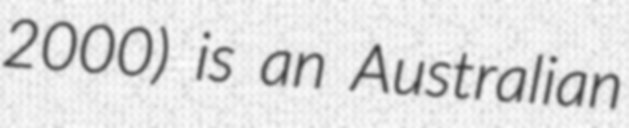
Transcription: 2000) is an Australian